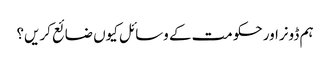
ہم ڈونراور حکومت کے وسائل کیوں ضائع کریں؟